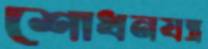
শোধনযন্ত্র